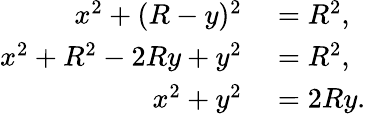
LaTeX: \begin{array}{rl}{x^{2}+(R-y)^{2}}&{{}=R^{2},}\\ {x^{2}+R^{2}-2Ry+y^{2}}&{{}=R^{2},}\\ {x^{2}+y^{2}}&{{}=2Ry.}\end{array}